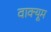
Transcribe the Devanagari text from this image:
वाक्यूम